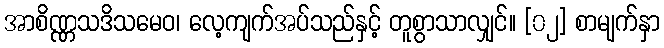
အာစိဏ္ဏသဒိသမေဝ၊ လေ့ကျက်အပ်သည်နှင့် တူစွာသာလျှင်။ [၀၂] စာမျက်နှာ